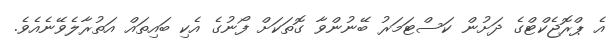
އެ ޕްރޮޖެކްޓްގެ ދަށުން ކަސްޓަމަރު ބޭނުންވާ ގޮތަކަށް ފޯނުގެ އެކި ބައިތައް އަތުރާލެވޭނެއެވެ.